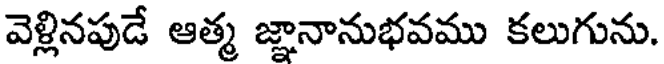
వెళ్లినపుడే ఆత్మ జ్ఞానానుభవము కలుగును.